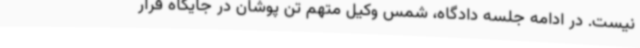
نیست. در ادامه جلسه دادگاه، شمس وکیل متهم تن پوشان در جایگاه قرار